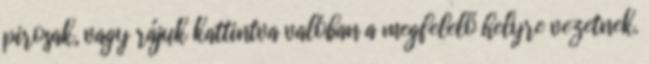
pirosak, vagy rájuk kattintva valóban a megfelelő helyre vezetnek.